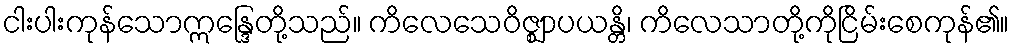
ငါးပါးကုန်သောဣန္ဒြေတို့သည်။ ကိလေသေဝိဇ္ဈာပယန္တိ၊ ကိလေသာတို့ကိုငြိမ်းစေကုန်၏။